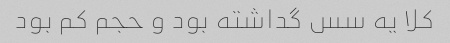
کلا یه سس گداشته بود و حجم کم بود